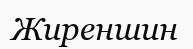
Жиреншин